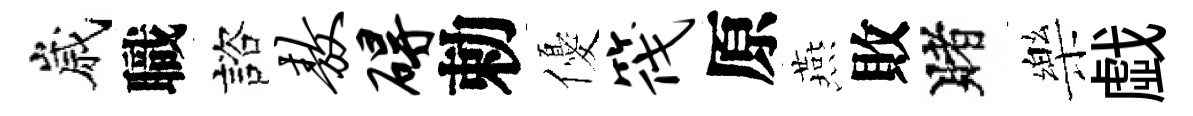
嵗職諮敖碍勅優筏原燕敗賭樂戯